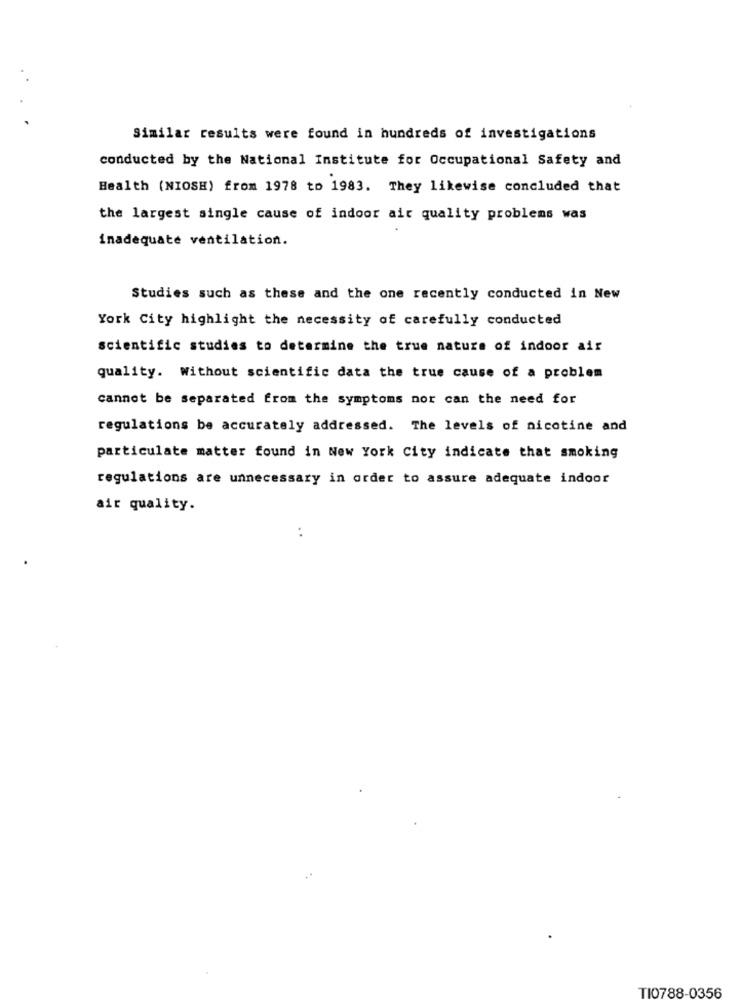
Similar results were found in hundreds of investigations
conducted by the National Institute for Occupational Safety and
Health (NIOSH) from 1978 to 1983. They likewise concluded that
the largest single cause of indoor air quality problems was
inadequate ventilation.
Studies such as these and the one recently conducted in New
York City highlight the necessity of carefully conducted
scientific studies to determine the true nature of indoor air
quality. Without scientific data the true cause of a problem
cannot be separated from the symptoms nor can the need for
regulations be accurately addressed. The levels of nicotine and
particulate matter found in New York City indicate that smoking
regulations are unnecessary in order to assure adequate indoor
air quality.
:
TI0788-0356